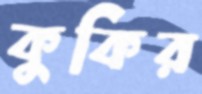
কুকির